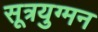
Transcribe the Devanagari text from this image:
सूत्रयुग्मन